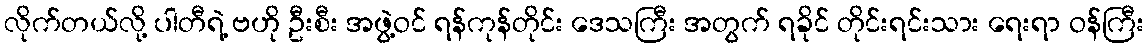
လိုက်တယ်လို့ ပါတီရဲ့ ဗဟို ဦးစီး အဖွဲ့ဝင် ရန်ကုန်တိုင်း ဒေသကြီး အတွက် ရခိုင် တိုင်းရင်းသား ရေးရာ ဝန်ကြီး